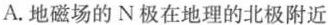
A. 地磁场的N极在地理的北极附近